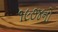
૧૯૭૪નો